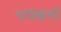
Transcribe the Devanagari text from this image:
भयकर्ता